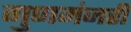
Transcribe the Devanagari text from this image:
गुणमंजरी